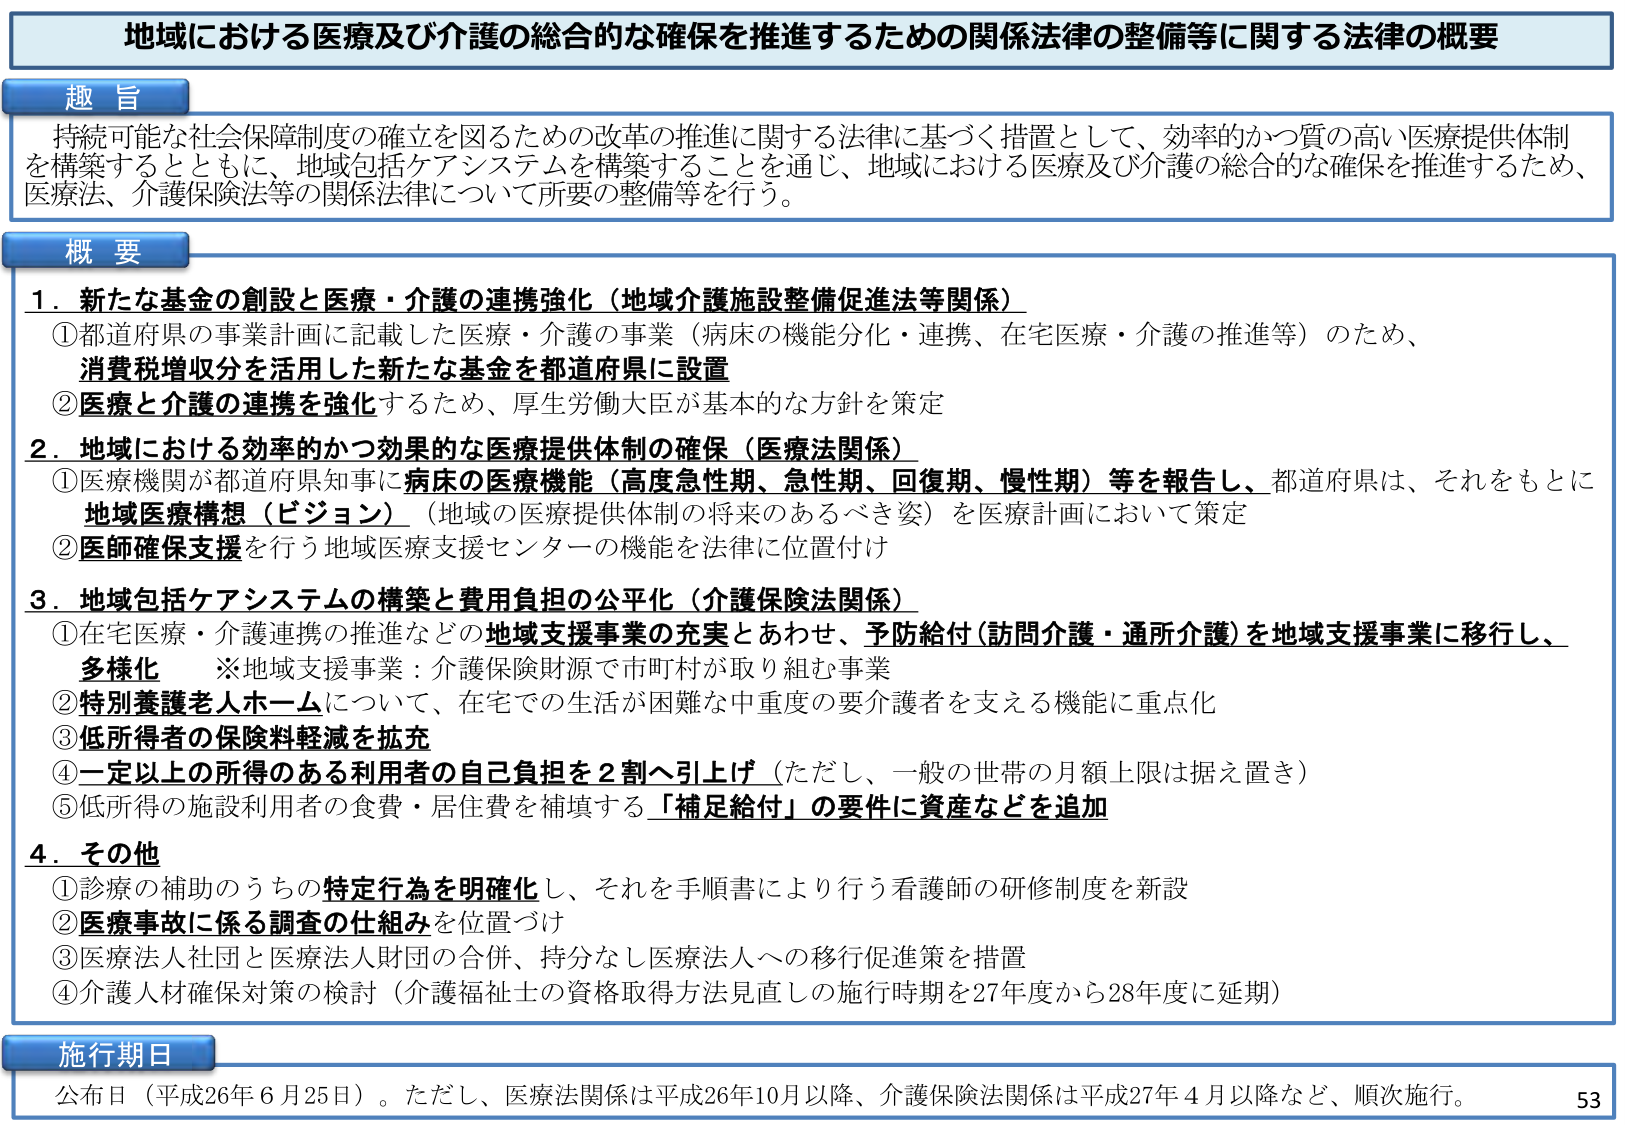
地域における医療及び介護の総合的な確保を推進するための関係法律の整備等に関する法律の概要

趣 旨
持続可能な社会保障制度の確立を図るための改革の推進に関する法律に基づく措置として、効率的かつ質の高い医療提供体制を構築するとともに、地域包括ケアシステムを構築することを通じ、地域における医療及び介護の総合的な確保を推進するため、医療法、介護保険法等の関係法律について所要の整備等を行う。

概 要
1．新たな基金の創設と医療・介護の連携強化（地域介護施設整備促進法等関係）
①都道府県の事業計画に記載した医療・介護の事業（病床の機能分化・連携、在宅医療・介護の推進等）のため、消費税増収分を活用した新たな基金を都道府県に設置
②医療と介護の連携を強化するため、厚生労働大臣が基本的な方針を策定

2．地域における効率的かつ効果的な医療提供体制の確保（医療法関係）
①医療機関が都道府県知事に病床の医療機能（高度急性期、急性期、回復期、慢性期）等を報告し、都道府県は、それをもとに地域医療構想（ビジョン）（地域の医療提供体制の将来のあるべき姿）を医療計画において策定
②医師確保支援を行う地域医療支援センターの機能を法律に位置付け

3．地域包括ケアシステムの構築と費用負担の公平化（介護保険法関係）
①在宅医療・介護連携の推進などの地域支援事業の充実とあわせ、予防給付（訪問介護・通所介護）を地域支援事業に移行し、多様化　※地域支援事業：介護保険財源で市町村が取り組む事業
②特別養護老人ホームについて、在宅での生活が困難な中重度の要介護者を支える機能に重点化
③低所得者の保険料軽減を拡充
④一定以上の所得のある利用者の自己負担を2割へ引上げ（ただし、一般の世帯の月額上限は据え置き）
⑤低所得の施設利用者の食費・居住費を補填する「補足給付」の要件に資産などを追加

4．その他
①診療の補助のうちの特定行為を明確化し、それを手順書により行う看護師の研修制度を新設
②医療事故に係る調査の仕組みを位置づけ
③医療法人社団と医療法人財団の合併、持分なし医療法人への移行促進策を措置
④介護人材確保対策の検討（介護福祉士の資格取得方法見直しの施行時期を27年度から28年度に延期）

施行期日
公布日（平成26年6月25日）。ただし、医療法関係は平成26年10月以降、介護保険法関係は平成27年4月以降など、順次施行。

53